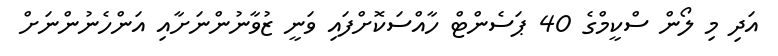
އަދި މި ލޯން ސްކީމްގެ 40 ޕަސެންޓް ހާއްސަކޮށްފައި ވަނީ ޒުވާނުންނަށާއި އަންހެނުންނަށް